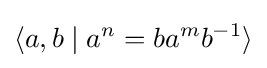
\langle a,b\mid a^{n}=ba^{m}b^{-1}\rangle